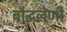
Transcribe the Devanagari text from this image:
बौद्घलेणी